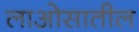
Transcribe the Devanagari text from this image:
लाओसातील